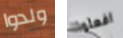
ولدوا افعلوا